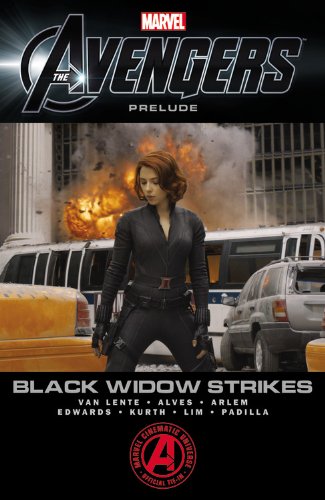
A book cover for Marvel's the Avengers: Black Widow Strikes; Fred Van Lente; Comics & Graphic Novels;